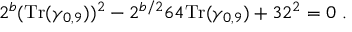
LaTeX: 2 ^ { b } ( { \mathrm { T r } } ( \gamma _ { 0 , 9 } ) ) ^ { 2 } - 2 ^ { b / 2 } 6 4 { \mathrm { T r } } ( \gamma _ { 0 , 9 } ) + 3 2 ^ { 2 } = 0 ~ .